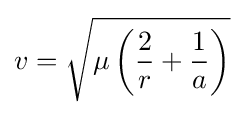
v={\sqrt {\mu \left({2 \over {r}}+{1 \over {a}}\right)}}